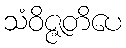
သံဝိဇ္ဇတိပေ